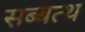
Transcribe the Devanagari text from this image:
सब्बत्थ